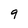
Character: 9